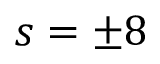
s = \pm 8